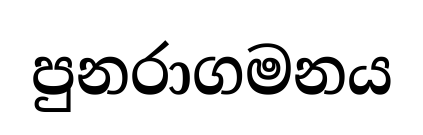
පුනරාගමනය